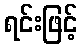
ရင်းဖြင့်